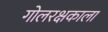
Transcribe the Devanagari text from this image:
गोलरक्षकाला